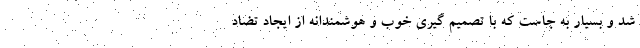
شد و بسیار به جاست که با تصمیم گیری خوب و هوشمندانه از ایجاد تضاد